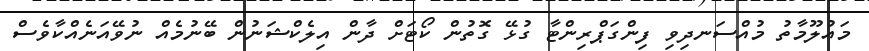
މައުލޫމާތު މުއްސަނދިވި ފިންގަޕްރިންޓާ ގުޅޭ ގޮތުން ކޯޓަށް ދާން އިލެކްޝަނުން ބޭނުމެއް ނުވޭއަނެއްކާވެސް